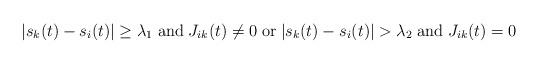
LaTeX: \begin{align*}|s_k(t)-s_i(t)|\ge\lambda_1\;\mbox{and}\;J_{ik}(t)\neq 0\;\mbox{or}\; |s_k(t)-s_i(t)|>\lambda_2\;\mbox{and}\;J_{ik}(t)=0\end{align*}